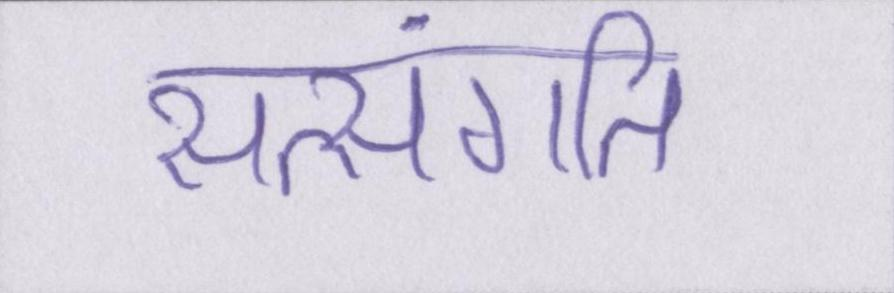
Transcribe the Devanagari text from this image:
सत्संगति